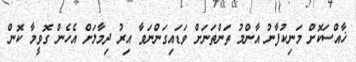
ޚާއްސަކޮށް މަނިކުފާނު އާންމު ތަންތަނަށް ވަޑައިގަންނަވާ އިރު ދިމާލަށް އެހެން ގޮވީމާ ކޮން